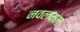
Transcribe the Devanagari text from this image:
नवलमल